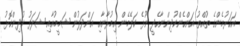
އަހަރުމެންގެ ތުއްތު އަންހެންކުދިންނާހެދީ ނޫޅެ ކަލޭމެން އިމުރާނާއި އަންދަލުން ޝަމީމުއާއި ޝަލަފު ކުދިންކޮޅު